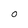
Character: 0